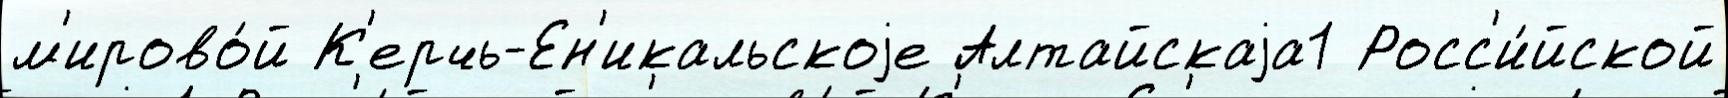
м'ирово́й К'ерчь-Ен'икальскоjе Алтайскаjа1 Росс'и́йской